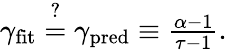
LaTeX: \begin{array}{r}{\gamma_{\textrm{fit}}\overset{?}{=}\gamma_{\textrm{pred}}\equiv\frac{\alpha-1}{\tau-1}.}\end{array}